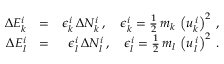
\begin{array} { r l r } { \Delta E _ { k } ^ { i } } & { = } & { \epsilon _ { k } ^ { i } \, \Delta N _ { k } ^ { i } \, , \quad \epsilon _ { k } ^ { i } = \frac { 1 } { 2 } \, m _ { k } \, \left( u _ { k } ^ { \, i } \right) ^ { 2 } \, , } \\ { \Delta E _ { l } ^ { i } } & { = } & { \epsilon _ { l } ^ { i } \, \Delta N _ { l } ^ { i } \, , \quad \epsilon _ { l } ^ { i } = \frac { 1 } { 2 } \, m _ { l } \, \left( u _ { l } ^ { \, i } \right) ^ { 2 } \, . } \end{array}